Leaving Certificate Examination, 1918
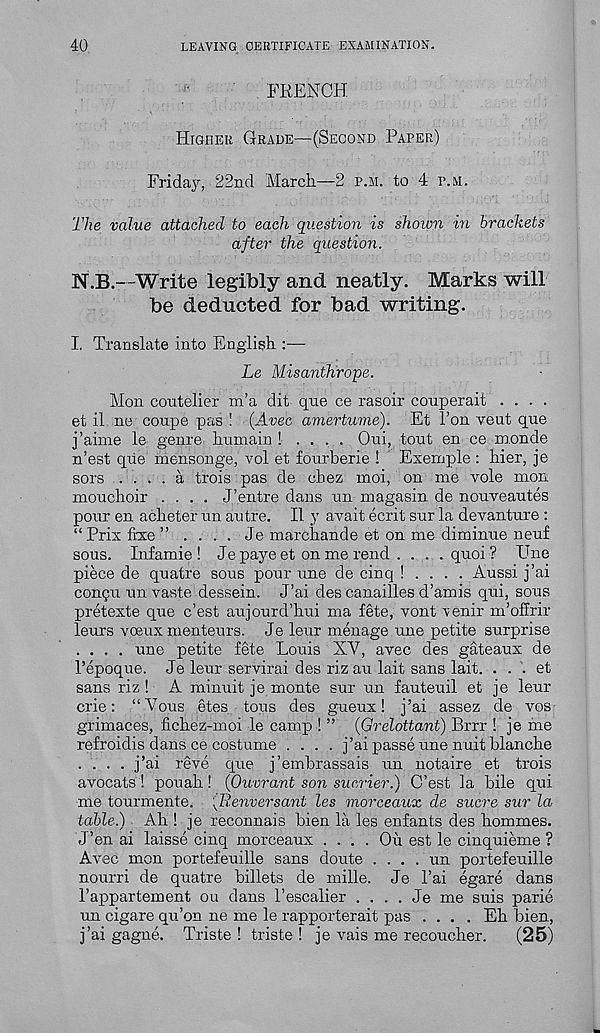
40
LEAVING CERTIFICATE EXAMINATION.
FRENCH
Higher Grade—(Second Paper)
Friday, 22nd March—2 p.m. to 4 p.m.
The value attached to each question is shown in brackets
after the question.
N.B.—Write legibly and neatly. Marks will
be deducted for bad writing.
I. Translate into English :—
Le Misanthrope.
Mon coutelier m’a dit que ce rasoir couperait ....
et il ne coupe pas ! (Avec amertume). Et Ton vent que
j’aime le genre humain ! . . . . Oui, tout en ce monde
n’est que mensonge, vol et fourberie ! Exernple : hier, je
sors .... a trois pas de cbez moi, on me vole mon
mouchoir .... J’entre dans un magasin de nouveautes
pour en acheter un autre. II y avait ecrit sur la devanture :
“ Prix fixe ” .... Je marchande et on me diminue neuf
sous. Infamie ! Je paye et on me rend . . . . quoi ? Une
piece de quatre sous pour une de cinq ! . . . . Aussi j’ai
cqngu un vaste dessein. J’ai des canailles d’amis qui, sous
pretexts que c’est aujourd’hui ma fete, vont venir m’offrir
leurs voeux menteurs. Je leur menage une petite surprise
.... une petite fete Louis XV, avec des gateaux de
Tepoque. Je leur servirai des riz au lait sans lait. . . . et
sans riz ! A minuit je monte sur un fauteuil et je leur
crie: “Vous etes tons des gueux! j’ai assez de vos
grimaces, fichez-moi le camp ! ” (Grelottant) Brrr ! je me
refroidis dans ce costume .... j’ai passe une nuit blanche
.... j’ai reve que j’embrassais un notaire et trois
avocats ! pouah! (Ouvrant son sucrier.) C’est la bile qui
me tourmente. [Eenversant les morceaux de sucre sur la
table.) Ah ! je reconnais bien la les enfants des hommes.
J’en ai laisse cinq morceaux .... On est le cinquieme ?
Avec mon portefeuille sans doute . . . . un portefeuille
nourri de quatre billets de mille. Je 1’ai egare dans
Pappartement ou dans I’escalier . . . . Je me suis parie
un cigare qu’on ne me le rapporterait pas .... Eh bien,
j’ai gagne. Triste ! triste ! je vais me repoucher.
(25)